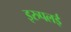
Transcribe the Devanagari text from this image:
इरुपलई